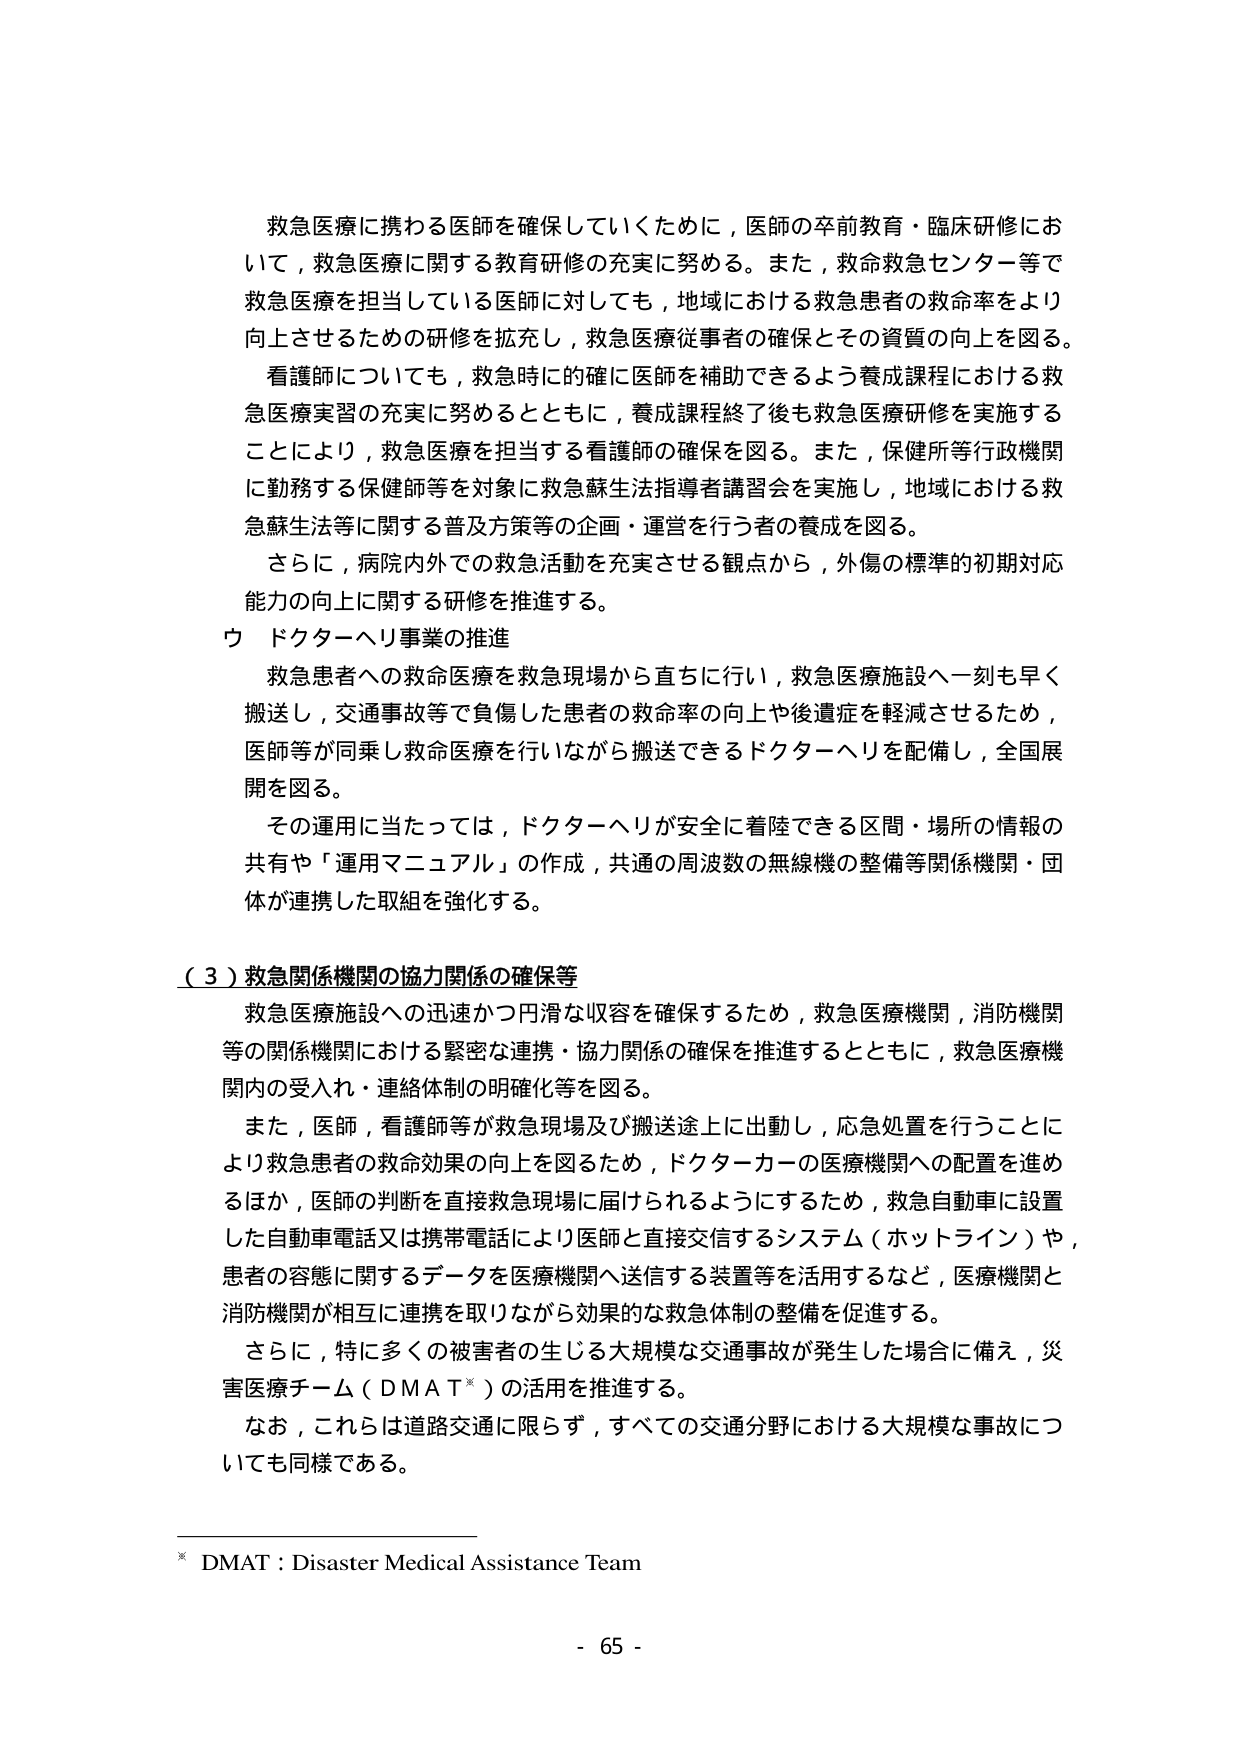
救急医療に携わる医師を確保していくために，医師の卒前教育・臨床研修において，救急医療に関する教育研修の充実に努める。また，救命救急センター等で救急医療を担当している医師に対しても，地域における救急患者の救命率をより向上させるための研修を拡充し，救急医療従事者の確保とその資質の向上を図る。

看護師についても，救急時に的確に医師を補助できるよう養成課程における救急医療実習の充実に努めるとともに，養成課程終了後も救急医療研修を実施することにより，救急医療を担当する看護師の確保を図る。また，保健所等行政機関に勤務する保健師等を対象に救急蘇生法指導者講習会を実施し，地域における救急蘇生法等に関する普及方策等の企画・運営を行う者の養成を図る。

さらに，病院内外での救急活動を充実させる観点から，外傷の標準的初期対応能力の向上に関する研修を推進する。

ウ ドクターヘリ事業の推進

救急患者への救命医療を救急現場から直ちに行い，救急医療施設へ一刻も早く搬送し，交通事故等で負傷した患者の救命率の向上や後遺症を軽減させるため，医師等が同乗し救命医療を行いながら搬送できるドクターヘリを配備し，全国展開を図る。

その運用に当たっては，ドクターヘリが安全に着陸できる区間・場所の情報の共有や「運用マニュアル」の作成，共通の周波数の無線機の整備等関係機関・団体が連携した取組を強化する。

（３）救急関係機関の協力関係の確保等

救急医療施設への迅速かつ円滑な収容を確保するため，救急医療機関，消防機関等の関係機関における緊密な連携・協力関係の確保を推進するとともに，救急医療機関内の受入れ・連絡体制の明確化等を図る。

また，医師，看護師等が救急現場及び搬送途上に出動し，応急処置を行うことにより救急患者の救命効果の向上を図るため，ドクターカーの医療機関への配置を進めるほか，医師の判断を直接救急現場に届けられるようにするため，救急自動車に設置した自動車電話又は携帯電話により医師と直接交信するシステム（ホットライン）や，患者の容態に関するデータを医療機関へ送信する装置等を活用するなど，医療機関と消防機関が相互に連携を取りながら効果的な救急体制の整備を促進する。

さらに，特に多くの被害者の生じる大規模な交通事故が発生した場合に備え，災害医療チーム（DMAT※）の活用を推進する。

なお，これらは道路交通に限らず，すべての交通分野における大規模な事故についても同様である。

※ DMAT：Disaster Medical Assistance Team

- 65 -